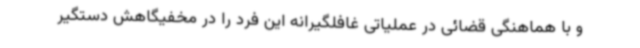
و با هماهنگی قضائی در عملیاتی غافلگیرانه این فرد را در مخفیگاهش دستگیر